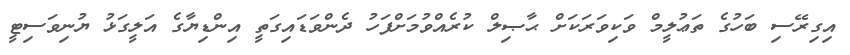
އިގިރޭސި ބަހުގެ ތަޢުލީމް ވަކިވަރަކަށް ޙާޞިލް ކުރެއްވުމަށްފަހު ދެންވަޑައިގަތީ އިންޑިޔާގެ އަލީގަޅު ޔުނިވަސިޓީ